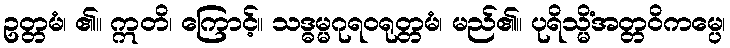
ဥတ္တမံ၊ ၏။ ဣတိ၊ ကြောင့်။ သဒ္ဓမ္မဂုရဝရုတ္တမံ၊ မည်၏။ ပုရိသ္မိံအတ္တဝိကမ္ပေ၊